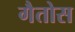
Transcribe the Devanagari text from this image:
गैतोस